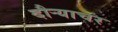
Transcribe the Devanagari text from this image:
दौर्‍याचर